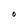
Character: O